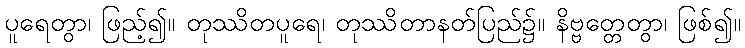
ပူရေတွာ၊ ဖြည့်၍။ တုဿိတပူရေ၊ တုဿိတာနတ်ပြည်၌။ နိဗ္ဗတ္တေတွာ၊ ဖြစ်၍။